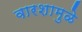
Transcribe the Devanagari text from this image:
वारशामुळे